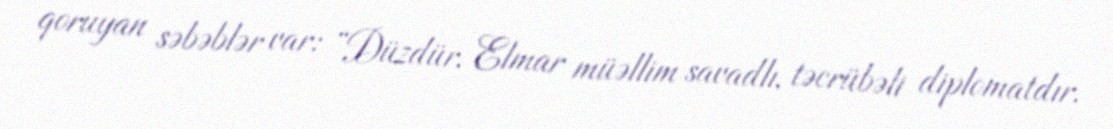
qoruyan səbəblər var: “Düzdür, Elmar müəllim savadlı, təcrübəli diplomatdır.